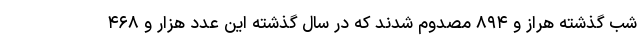
شب گذشته هراز و ۸۹۴ مصدوم شدند که در سال گذشته این عدد هزار و ۴۶۸